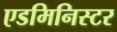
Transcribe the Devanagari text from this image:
एडमिनिस्टर